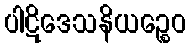
ပါဋိဒေသနိယဉ္စေဝ